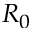
R _ { 0 }